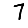
Digit: 7